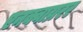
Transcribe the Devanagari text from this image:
एनक्वाय्ररर